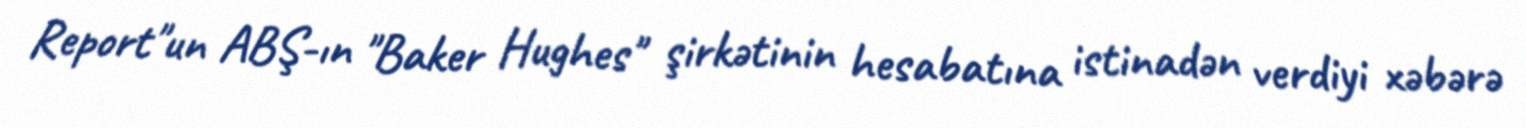
Report"un ABŞ-ın "Baker Hughes" şirkətinin hesabatına istinadən verdiyi xəbərə